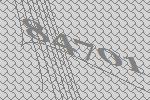
84701